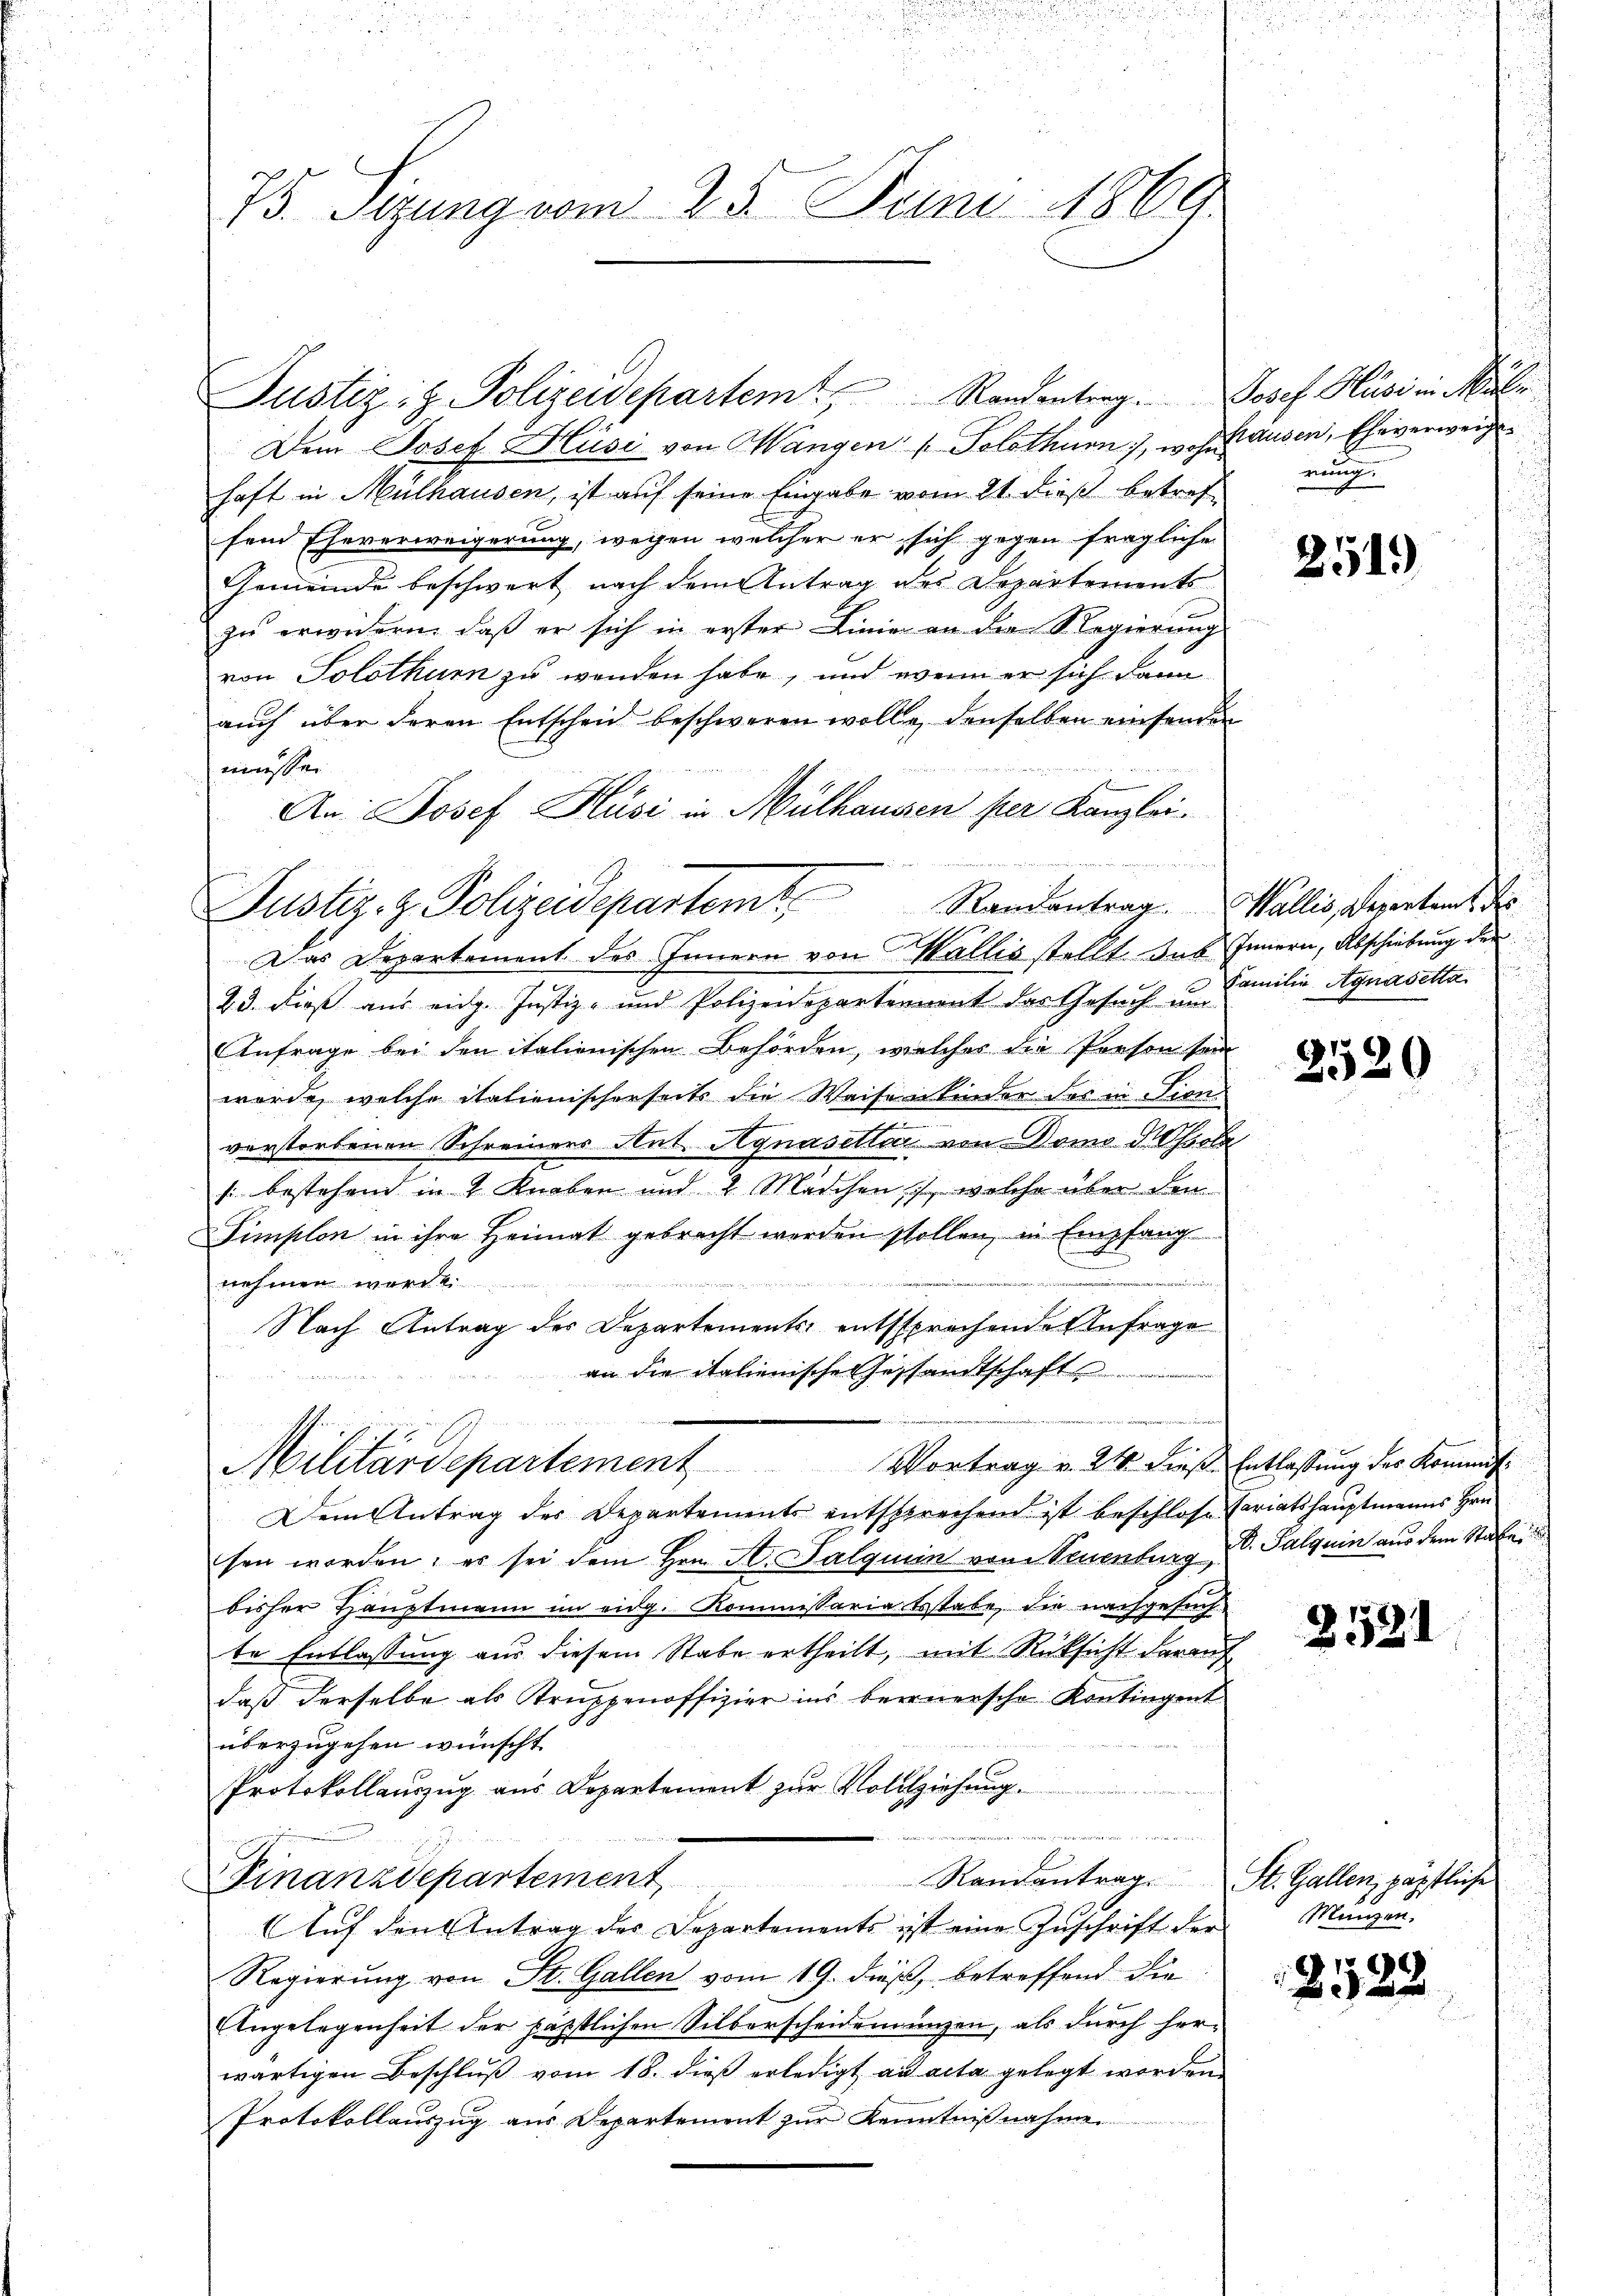
73. Sitzung vom 25. Juni 1869.

Justiziz. Polizeidepartem Randentrag .   Josef. Husi in Müller
Dem Josef Hüsi von Wangen ( Solothurn), wohl ausen, Eheverweige
haft in Mülhausen, ist auf seine Eingabe vom 21. dieß betrefsein Eheverweigerung, wegen welcher er sich gegen fragliche
Gemeinde beschwert nach dem Antrag des Departements
zŭ erwidern, daβ er sich in erster Linie an der Regierŭng
von Solothurn zu wenden habe, und wenn er sich dann
aŭch über deren Entscheid beschweren wolle, denselben einsenden
müssen.
An Josef Küsi in Mülhaussen per Kanzlei.
¬
Justiz- & Polizeidepartemt. Randantrag.
Das Departement des Innern von Wallis stellt. Das Innern, Abschiebung der
23. dieß aus eidg. Justiz- und Polizeidepartement das Gesuch um
Anfrage bei den italienischen Behörden, welches die Person sein
wurde, welche italienischerseits die Waisenkinder des in Tion
verstorbenen Schreiners Ant. Agnasellar von Domo Rössol
s. bestehend in 4 Knaben und 2 Mädchen, welche über den
Simplon in ihre Heimat gebracht werden stollen, in Empfang
vier
nehmen wardt.
Nach Antrag des Departements entssprechende Anfrage
an die italienische Gesandtschaft

Militärdepartement

nung.

Vortrag v. 24. diese Entlassung des Kommis¬
Dem Antrag des Departements entsprechend ist beschlose Cariatshauptmanns Hrn.
sen worden; es sei dem Hrn. St. Salquiin von Neuenburg i. Palquin aus dem Staber
bisher Hauptmann im eidg. Kommissaria testabe, die nachgesuch
te Entlassung aus diesem Stabe ertheilt, mit Rücksicht darauf
daß derselbe als Truppenoffizier ins beinersche Kontingent
überzugehen wünscht.
Protokollauszug aus Departement zur Vollziehung.
n
Randantrag. St. Gallen, päpstliche
Finanzdepartement
Auf den Antrag des Departements ist eine Zuschrift der
Regierung von St. Gallen vom 19. dieß, betreffend die
Angelegenheit der päpstlichen Silberscheidendungen, als durch herwärtigen Beschluß vom 18. dieß erledigt ad acta gelegt worden
Protokollauszug aus Departement zur Kenntnißnahme.

2519

Wallis, Departamt der
Familie Agnasetta

2520

Mungen.

85.

2553.